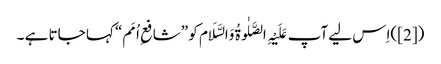
([2])اِس لیے آپ عَلَیْہِ الصَّلٰوۃُ وَالسَّلَام کو ”شافعِ اُمَم“ کہا جاتا ہے ۔